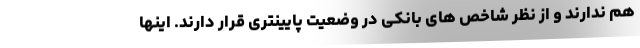
هم ندارند و از نظر شاخص های بانکی در وضعیت پایینتری قرار دارند. اینها